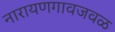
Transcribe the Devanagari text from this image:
नारायणगावजवळ